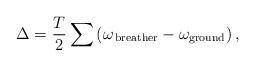
LaTeX: \begin{align*}\Delta= \frac{T}{2}\sum \left(\omega_{\rm \, breather} -\omega_{\rm ground}\right),\end{align*}